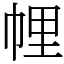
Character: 𢃇